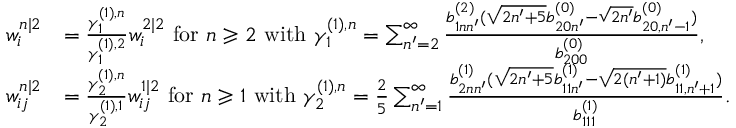
\begin{array} { r l } { w _ { i } ^ { n | 2 } } & { = \frac { \gamma _ { 1 } ^ { ( 1 ) , n } } { \gamma _ { 1 } ^ { ( 1 ) , 2 } } w _ { i } ^ { 2 | 2 } \mathrm { ~ f o r ~ } n \geqslant 2 \mathrm { ~ w i t h ~ } \gamma _ { 1 } ^ { ( 1 ) , n } = \sum _ { n ^ { \prime } = 2 } ^ { \infty } \frac { b _ { 1 n n ^ { \prime } } ^ { ( 2 ) } ( \sqrt { 2 n ^ { \prime } + 5 } b _ { 2 0 n ^ { \prime } } ^ { ( 0 ) } - \sqrt { 2 n ^ { \prime } } b _ { 2 0 , n ^ { \prime } - 1 } ^ { ( 0 ) } ) } { b _ { 2 0 0 } ^ { ( 0 ) } } , } \\ { w _ { i j } ^ { n | 2 } } & { = \frac { \gamma _ { 2 } ^ { ( 1 ) , n } } { \gamma _ { 2 } ^ { ( 1 ) , 1 } } w _ { i j } ^ { 1 | 2 } \mathrm { ~ f o r ~ } n \geqslant 1 \mathrm { ~ w i t h ~ } \gamma _ { 2 } ^ { ( 1 ) , n } = \frac { 2 } { 5 } \sum _ { n ^ { \prime } = 1 } ^ { \infty } \frac { b _ { 2 n n ^ { \prime } } ^ { ( 1 ) } ( \sqrt { 2 n ^ { \prime } + 5 } b _ { 1 1 n ^ { \prime } } ^ { ( 1 ) } - \sqrt { 2 ( n ^ { \prime } + 1 ) } b _ { 1 1 , n ^ { \prime } + 1 } ^ { ( 1 ) } ) } { b _ { 1 1 1 } ^ { ( 1 ) } } . } \end{array}